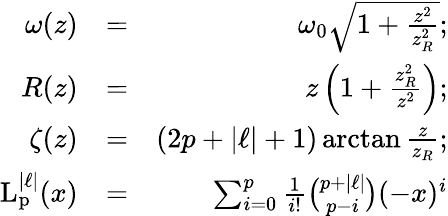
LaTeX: \begin{array}{rlr}{\omega(z)}&{=}&{\omega_{0}\sqrt{1+\frac{z^{2}}{z_{R}^{2}}};}\\ {R(z)}&{=}&{z\left(1+\frac{z_{R}^{2}}{z^{2}}\right);}\\ {\zeta(z)}&{=}&{(2p+\vert\ell\vert+1)\arctan\frac{z}{z_{R}};}\\ {\mathrm{L_{p}^{\vert\ell\vert}}(x)}&{=}&{\sum_{i=0}^{p}\frac{1}{i!}\binom{p+\vert\ell\vert}{p-i}(-x)^{i}}\end{array}